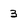
Character: 3